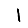
Digit: 1